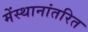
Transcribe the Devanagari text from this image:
मेंस्थानांतरित